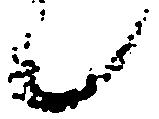
候